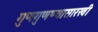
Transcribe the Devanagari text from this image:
गुणगुणण्यासारखी